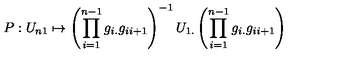
P : U _ { n 1 } \mapsto \left( \prod _ { i = 1 } ^ { n - 1 } g _ { i . } g _ { i i + 1 } \right) ^ { - 1 } U _ { 1 . } \left( \prod _ { i = 1 } ^ { n - 1 } g _ { i . } g _ { i i + 1 } \right)